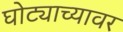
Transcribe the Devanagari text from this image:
घोट्याच्यावर